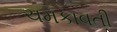
ચમકાવતી